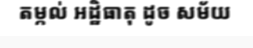
តម្កល់ អដ្ឋិធាតុ ដូច សម័យ